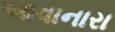
આવાનારા